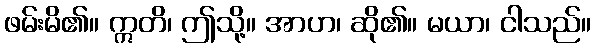
ဖမ်းမိ၏။ ဣတိ၊ ဤသို့။ အာဟ၊ ဆို၏။ မယာ၊ ငါသည်။